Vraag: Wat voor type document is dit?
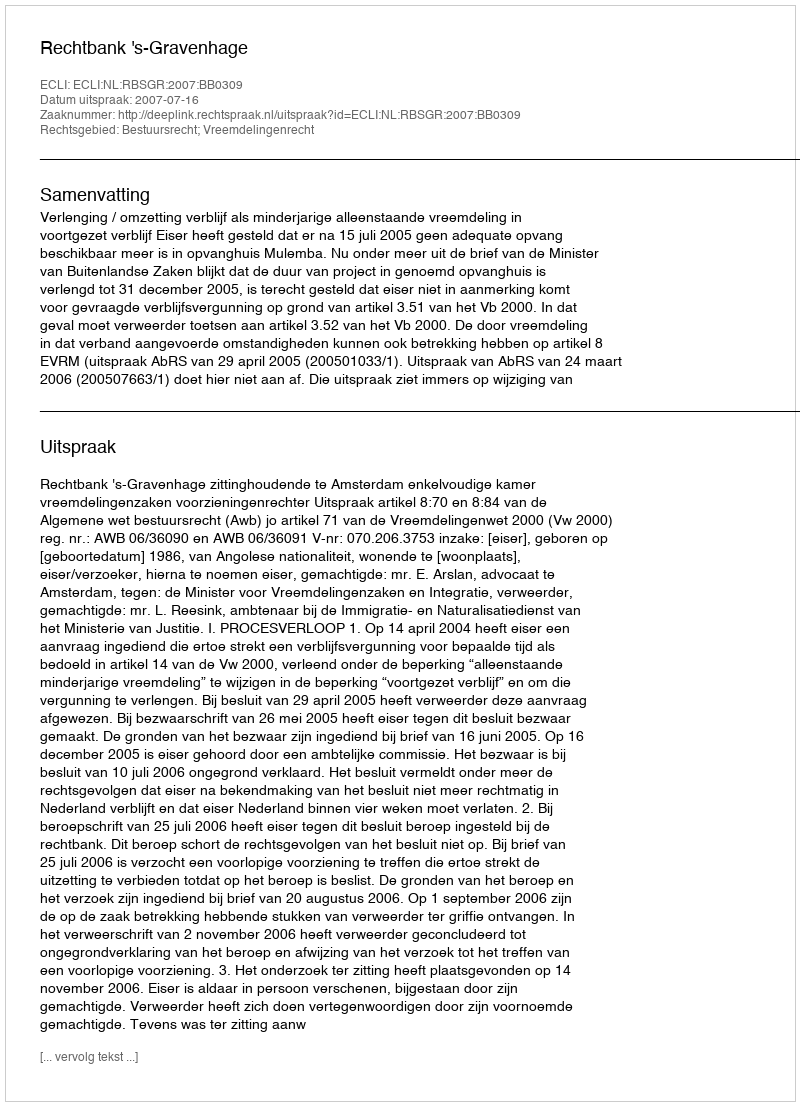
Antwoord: Uitspraak